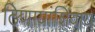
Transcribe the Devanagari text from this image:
ठिणग्यांशिवाय